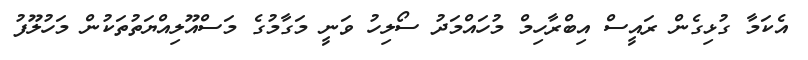
އެކަމާ ގުޅިގެން ރައީސް އިބްރާހިމް މުހައްމަދު ސޯލިހު ވަނީ މަގާމުގެ މަސްއޫލިއްޔަތުތަކުން މަހުލޫފު